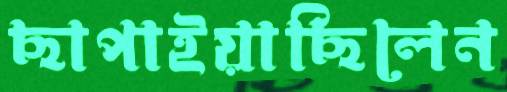
ছাপাইয়াছিলেন